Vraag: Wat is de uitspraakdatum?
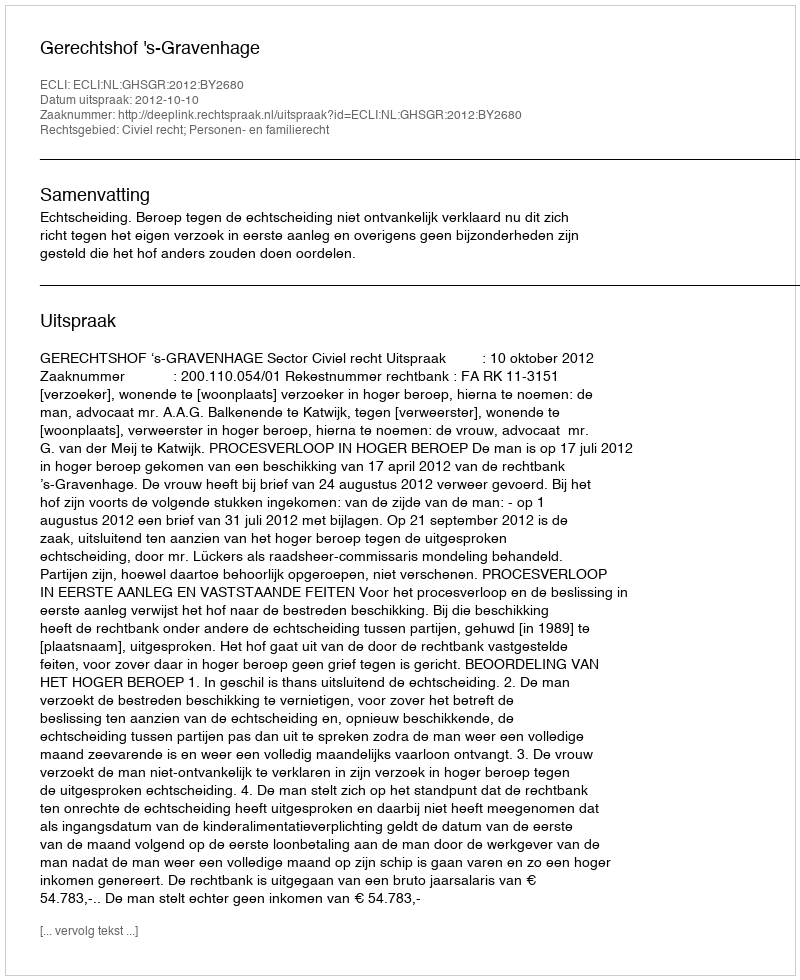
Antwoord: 2012-10-10